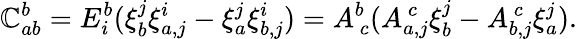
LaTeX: \mathbb{C}_{ab}^{b}=E_{i}^{b}(\xi_{b}^{j}\xi_{a,j}^{i}-\xi_{a}^{j}\xi_{b,j}^{i})=A_{~c}^{b}(A_{a,j}^{~c}\xi_{b}^{j}-A_{b,j}^{~c}\xi_{a}^{j}).